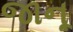
જાનૂ